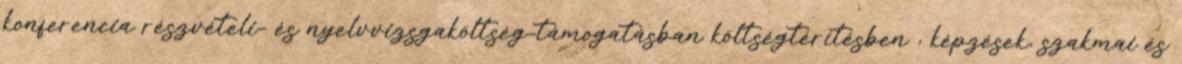
konferencia részvételi- és nyelvvizsgaköltség-támogatásban költségtérítésben , képzések, szakmai és